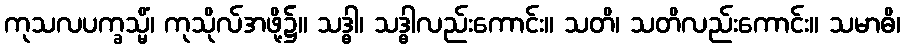
ကုသလပက္ခသ္မိံ၊ ကုသိုလ်အဖို့၌။ သဒ္ဓါ၊ သဒ္ဓါလည်းကောင်း။ သတိ၊ သတိလည်းကောင်း။ သမာဓိ၊